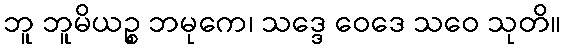
ဘူ ဘူမိယဉ္စ ဘမုကေ၊ သဒ္ဒေ ဝေဒေ သဝေ သုတိ။